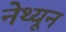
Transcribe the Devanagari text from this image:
नेथ्यून